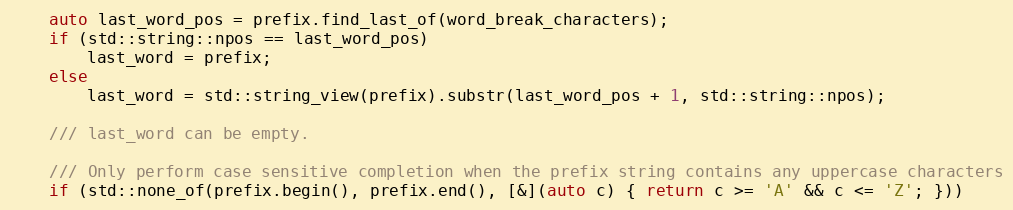
Language: C++
    auto last_word_pos = prefix.find_last_of(word_break_characters);
    if (std::string::npos == last_word_pos)
        last_word = prefix;
    else
        last_word = std::string_view(prefix).substr(last_word_pos + 1, std::string::npos);

    /// last_word can be empty.

    /// Only perform case sensitive completion when the prefix string contains any uppercase characters
    if (std::none_of(prefix.begin(), prefix.end(), [&](auto c) { return c >= 'A' && c <= 'Z'; }))